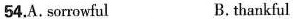
54.A.sorrowful B.thankful